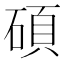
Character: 碩